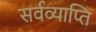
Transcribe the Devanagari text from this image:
सर्वव्याप्ति